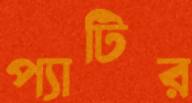
প্যাটির